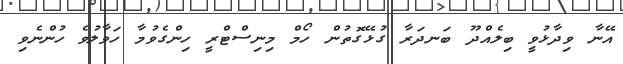
އޭނާ ވިދާޅުވީ ބިލެއްދޫ ބަނދަރާ ގުޅޭގޮތުން ހޯމް މިނިސްޓްރީ ހިންގެވުމާ ހަވާލުވެ ހުންނެވި